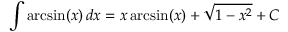
\int \arcsin ( x ) \, d x = x \arcsin ( x ) + { \sqrt { 1 - x ^ { 2 } } } + C